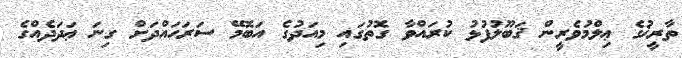
ތާރީޚުގެ ޢިލްމުވެރީން ޤަބޫލުފުޅު ކުރައްވާ ގޮތުގައި މިއަދުގެ އަބޮމޭ ސަރަޙައްދަށް ގިނަ ޢަދަދެއްގެ